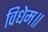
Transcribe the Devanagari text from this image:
विधेम॥